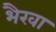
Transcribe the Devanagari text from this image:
भैरवा